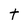
Character: t